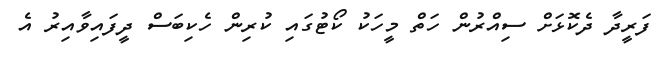
ފަރީދާ ދެކޮޅަށް ސިއްރުން ހަތް މީހަކު ކޯޓުގައި ކުރިން ހެކިބަސް ދީފައިވާއިރު އެ